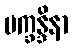
ပက္ခန္ဒိနာ